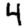
Digit: 4